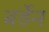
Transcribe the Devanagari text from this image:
बर्डेन